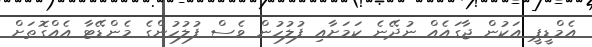
އެމްޑީޕީ އަކުން ޖާގައެއް ނުދޭނެ ކަމަށާއި ފުލުހުން ވެސް ފުލުހުންގެ މެންޑޭޓާ އެއްގޮތަށް